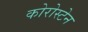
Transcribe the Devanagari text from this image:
कोरोस्टेन